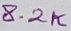
Text: 8.2K